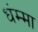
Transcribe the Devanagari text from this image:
धंम्मा